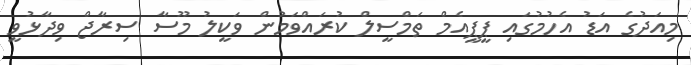
މިއަދުގެ އަޑު އެހުމުގައި ޕީޕީއެމް ތަމްސީލް ކުރައްވަމުން ވަކީލު މޫސާ ސިރާޖް ވިދާޅުވީ